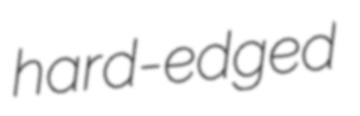
hard-edged